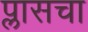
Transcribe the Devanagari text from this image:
प्लासचा